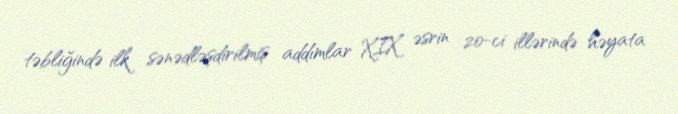
təbliğində ilk sənədləşdirilmiş addımlar XIX əsrin 20-ci illərində həyata